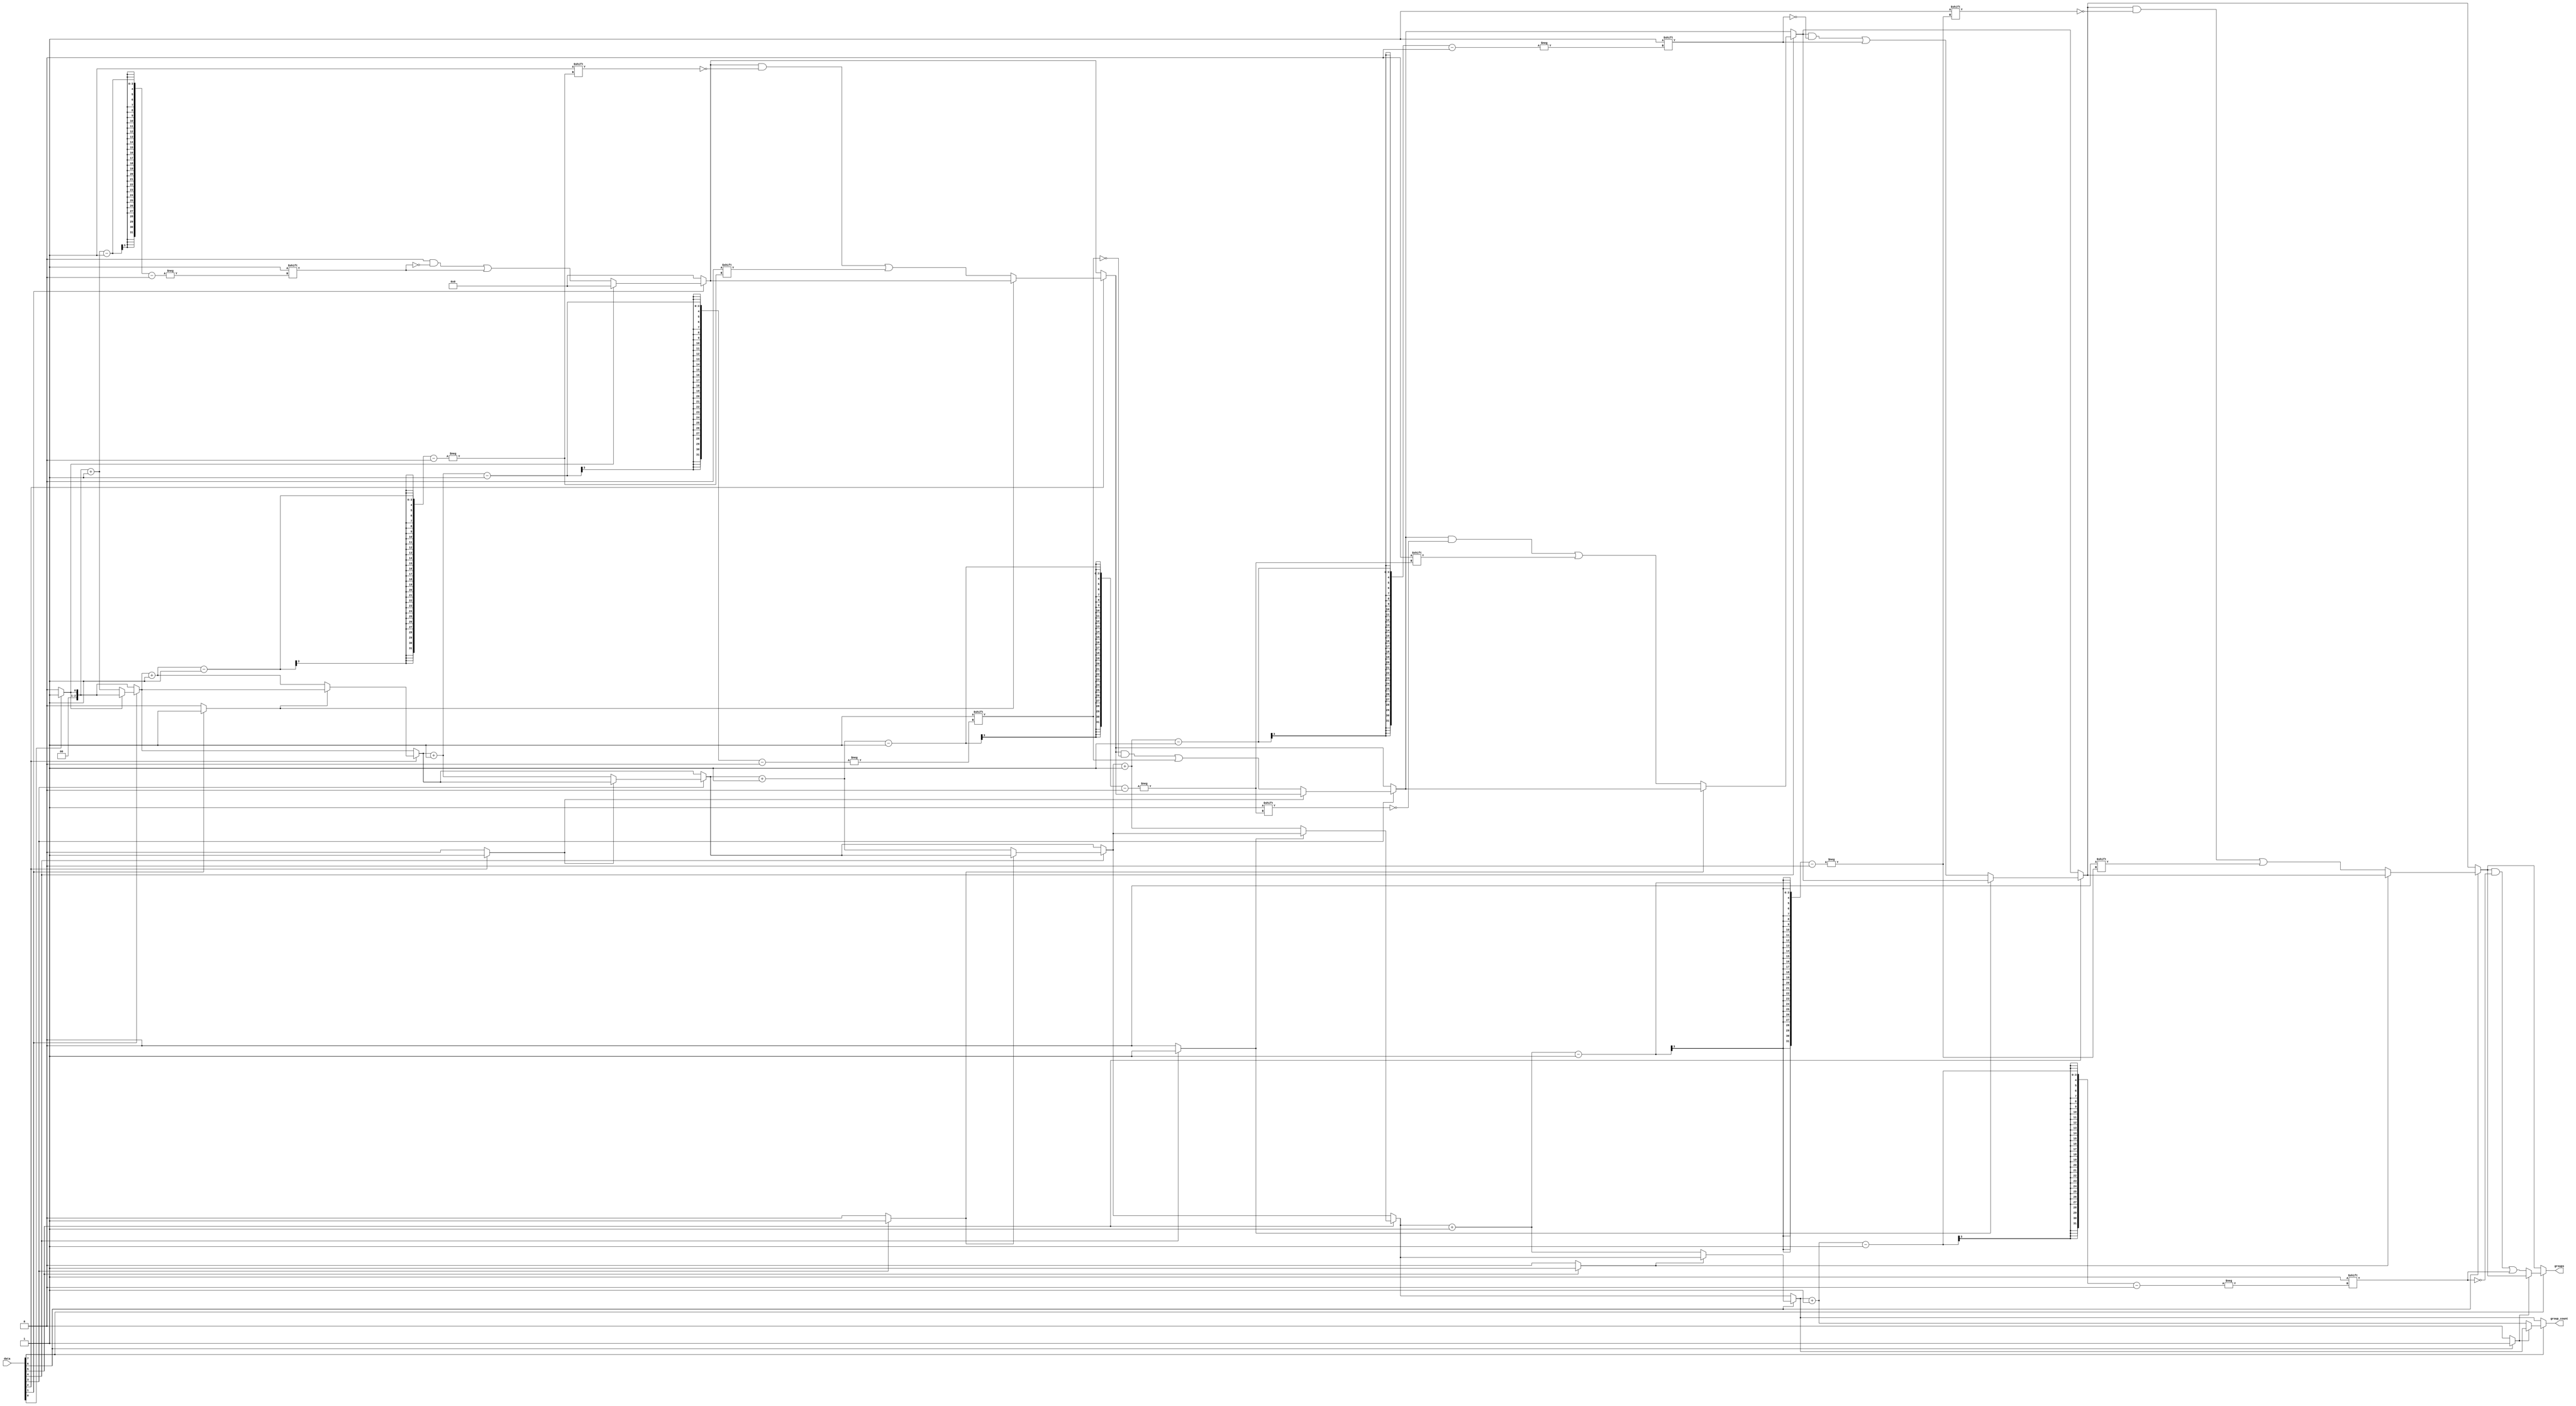
module GroupingOfOnes #(
    parameter N = 8,  // Width of the input signal
    parameter M = N   // Maximum number of groups (can be adjusted based on expected input)
)(
    input  [N-1:0] data,
    output reg [M-1:0] groups,
    output reg [$clog2(M)-1:0] group_count
);

    integer i;
    reg in_group; // State to track if we are in a group of '1's

    always @(*) begin
        // Initialize outputs
        groups = 0;
        group_count = 0;
        in_group = 0;

        // Iterate through the input data
        for (i = 0; i < N; i = i + 1) begin
            if (data[i] == 1'b1) begin
                if (!in_group) begin
                    // Start of a new group
                    in_group = 1;
                    group_count = group_count + 1;
                    groups[group_count - 1] = i; // Store the starting position of the group
                end
            end else begin
                // End of a group
                in_group = 0;
            end
        end

        // If no groups found, group_count will remain 0 and groups will be 0
    end

endmodule